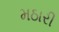
મઠારી